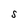
Character: S